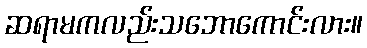
ဆရာမကလည်းသဘောကောင်းလား။